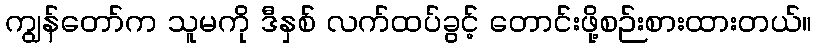
ကျွန်တော်က သူမကို ဒီနှစ် လက်ထပ်ခွင့် တောင်းဖို့စဉ်းစားထားတယ်။